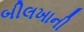
બીલખાની